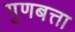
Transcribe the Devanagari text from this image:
गुणबत्ता